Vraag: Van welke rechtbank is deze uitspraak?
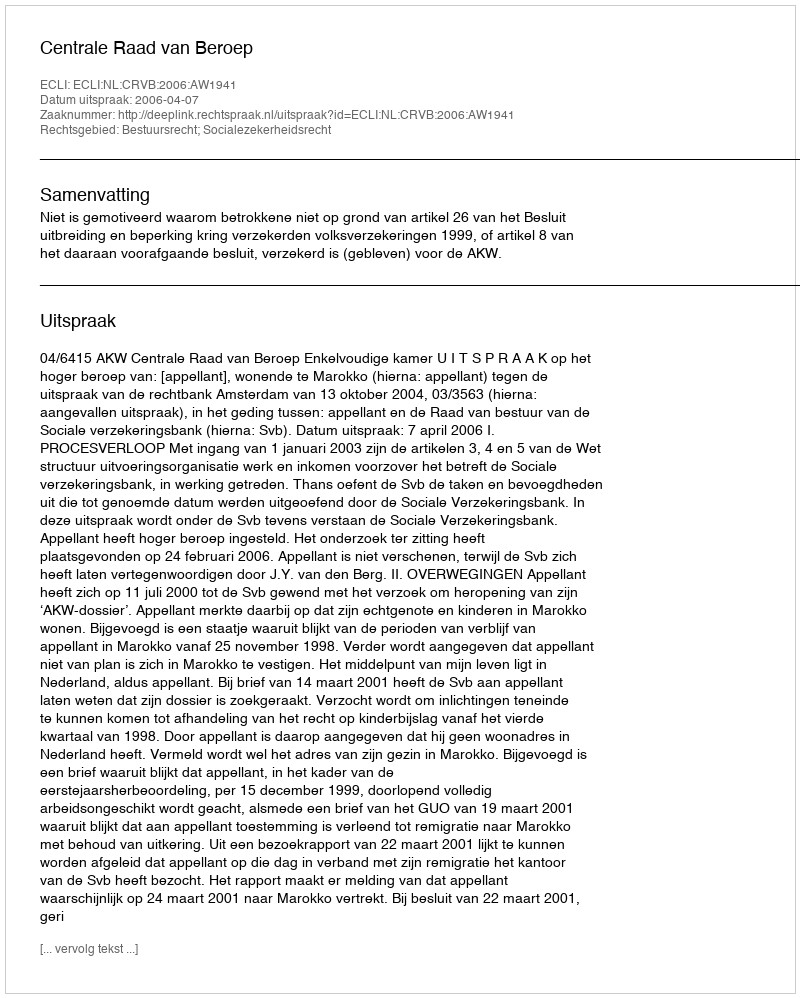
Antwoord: Centrale Raad van Beroep